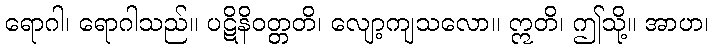
ရောဂါ၊ ရောဂါသည်။ ပဋိနိဝတ္တတိ၊ လျော့ကျသလော။ ဣတိ၊ ဤသို့။ အာဟ၊